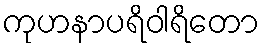
ကုဟနာပရိဝါရိတော